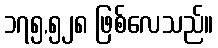
၁၇၅,၅၂၈ ဖြစ်လေသည်။